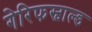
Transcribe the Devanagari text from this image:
गेरिफस्वाल्ड